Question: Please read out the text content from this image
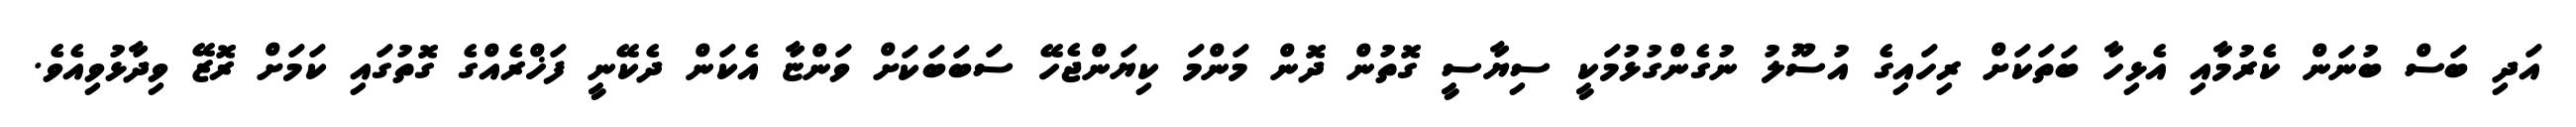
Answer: އަދި ބަސް ބުނަން ކެރުމާއި އެޅިހާ ބަތަކަށް ރިހައިގެ އުސޫލު ނުގެންގުޅުމަކީ ސިޔާސީ ގޮތުން ދޮން މަންމަ ކިޔަންޖެހޭ ސަބަބަކަށް ވަންޏާ އެކަން ދެކޭނީ ފަޚްރެއްގެ ގޮތުގައި ކަމަށް ރޮޒޭ ވިދާޅުވިއެވެ.